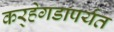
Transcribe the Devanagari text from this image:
कर्‍हेगडापर्यंत